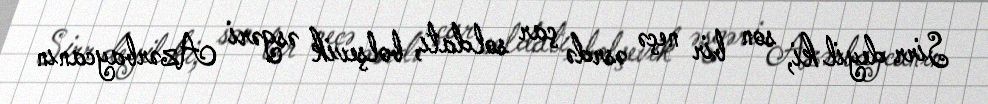
Sirr deyil ki, son bir neçə əsrdə çar soldatı, bolşevik əsgəri Azərbaycanın